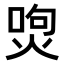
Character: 𤉵